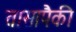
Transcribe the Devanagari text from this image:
तासापैकी